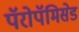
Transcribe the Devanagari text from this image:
पॅरोपॅमिसेड